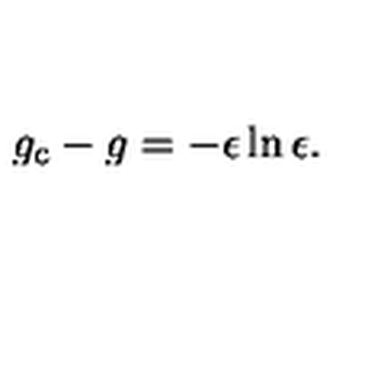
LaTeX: g _ { \mathrm { c } } - g = - \epsilon \ln \epsilon .